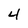
Character: 4